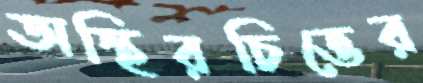
অস্থিরচিত্তের